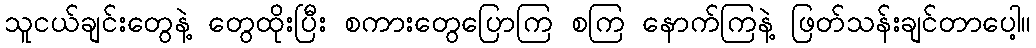
သူငယ်ချင်းတွေနဲ့ တွေထိုးပြီး စကားတွေပြောကြ စကြ နောက်ကြနဲ့ ဖြတ်သန်းချင်တာပေါ့။